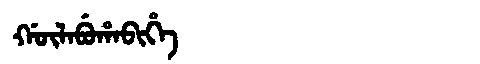
Manchu: ᡤᡡᠯᠠᠪᡠᡥᠠᠪᡳᡥᡝ
Romanization: GŪLABUHABIHE